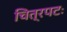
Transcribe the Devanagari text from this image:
चित्रपटः